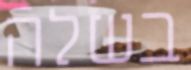
בשלה